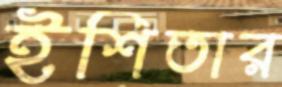
ইশিতার